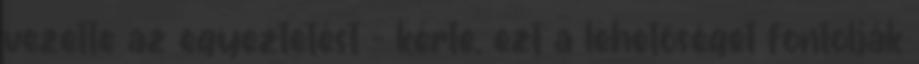
vezette az egyeztetést – kérte, ezt a lehetőséget fontolják